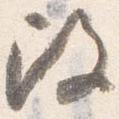
改